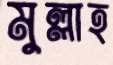
মুল্লাহ